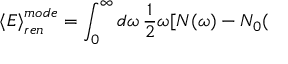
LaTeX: \left< E \right> _ { r e n } ^ { m o d e } = \int _ { 0 } ^ { \infty } d \omega \, \frac { 1 } { 2 } \omega [ N ( \omega ) - N _ { 0 } (